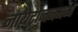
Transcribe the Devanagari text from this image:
नायट्रोजनमध्ये